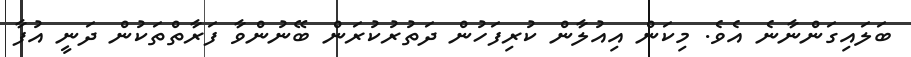
ބަލައިގަންނާނެެ އެވެ. މިކަން އިއުލާން ކުރިފަހުން ދަތުރުކުރަން ބޭނުންވާ ފަރާތްތަކުން ދަނީ އުފާ